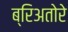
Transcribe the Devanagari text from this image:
ब्रिअतोरे